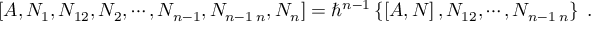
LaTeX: \left[ A , N _ { 1 } , N _ { 1 2 } , N _ { 2 } , \cdots , N _ { n - 1 } , N _ { n - 1 \; n } , N _ { n } \right] = \hbar ^ { n - 1 } \left\{ \left[ A , N \right] , N _ { 1 2 } , \cdots , N _ { n - 1 \; n } \right\} \; .